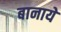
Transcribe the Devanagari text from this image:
बानाये